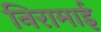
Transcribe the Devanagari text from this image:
निरामाई